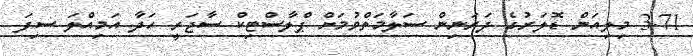
3.71 މިލިއަން ޑޮލަރުގެ ދަރަނިން ސަލާމަތްވުމަށް ޕްލާސްޓިކް ސާޖަރީ ހަދާ އަމިއްލަ ސިފަ